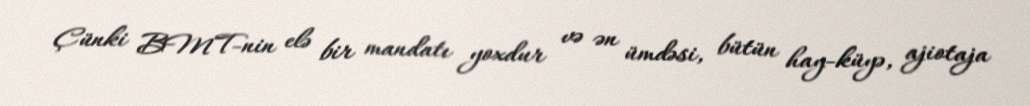
Çünki BMT-nin elə bir mandatı yoxdur və ən ümdəsi, bütün hay-küyə, ajiotaja